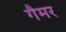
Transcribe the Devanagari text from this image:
गैमर